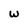
Character: W